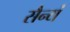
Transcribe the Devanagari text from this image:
सैन्यं